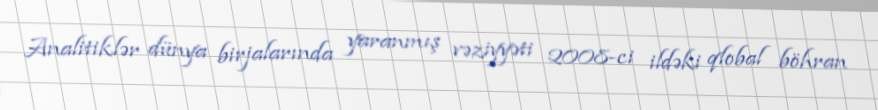
Analitiklər dünya birjalarında yaranmış vəziyyəti 2008-ci ildəki qlobal böhran